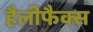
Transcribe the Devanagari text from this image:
हैलीफैक्स